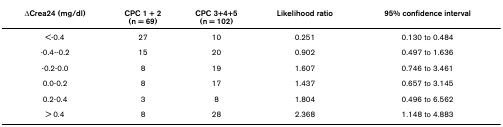
<table><thead><tr><td><b>ΔCrea24 (mg/dl)</b></td><td><b>CPC 1 + 2(n = 69)</b></td><td><b>CPC 3+4+5(n = 102)</b></td><td><b>Likelihood ratio</b></td><td><b>95% confidence interval</b></td></tr></thead><tbody><tr><td>&lt;-0.4</td><td>27</td><td>10</td><td>0.251</td><td>0.130 to 0.484</td></tr><tr><td>-0.4--0.2</td><td>15</td><td>20</td><td>0.902</td><td>0.497 to 1.636</td></tr><tr><td>-0.2-0.0</td><td>8</td><td>19</td><td>1.607</td><td>0.746 to 3.461</td></tr><tr><td>0.0-0.2</td><td>8</td><td>17</td><td>1.437</td><td>0.657 to 3.145</td></tr><tr><td>0.2-0.4</td><td>3</td><td>8</td><td>1.804</td><td>0.496 to 6.562</td></tr><tr><td>&gt; 0.4</td><td>8</td><td>28</td><td>2.368</td><td>1.148 to 4.883</td></tr></tbody></table>